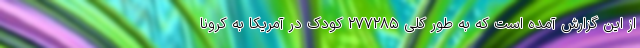
از این گزارش آمده است که به طور کلی ۲۷۷۲۸۵ کودک در آمریکا به کرونا